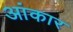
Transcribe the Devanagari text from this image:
आंकार